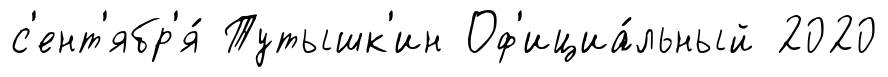
с'ент'ябр'я́ Тутышк'ин Оф'ициа́льный 2020